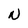
Character: N